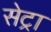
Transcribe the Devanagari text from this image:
सेट्रा